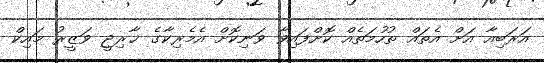
އަރަބިއާ އަށް އެތައް ތުހުމަތެއް ކޮށްފައިވާ ވަނިކޮށް އެމެރިކާގެ ޚާރިޖީ ވަޒީރު މައިކް